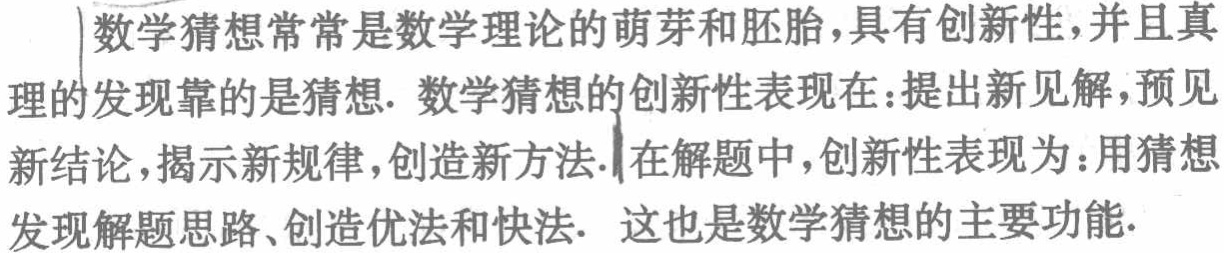
数学猜想常常是数学理论的萌芽和胚胎,具有创新性,并且真理的发现靠的是猜想. 数学猜想的创新性表现在:提出新见解,预见新结论,揭示新规律,创造新方法.在解题中,创新性表现为:用猜想发现解题思路、创造优法和快法. 这也是数学猜想的主要功能.